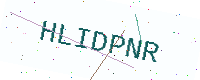
Text: HLIDPNR